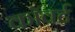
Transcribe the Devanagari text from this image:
कॉवर्ट